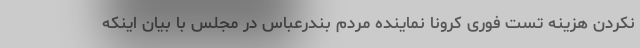
نکردن هزینه تست فوری کرونا نماینده مردم بندرعباس در مجلس با بیان اینکه